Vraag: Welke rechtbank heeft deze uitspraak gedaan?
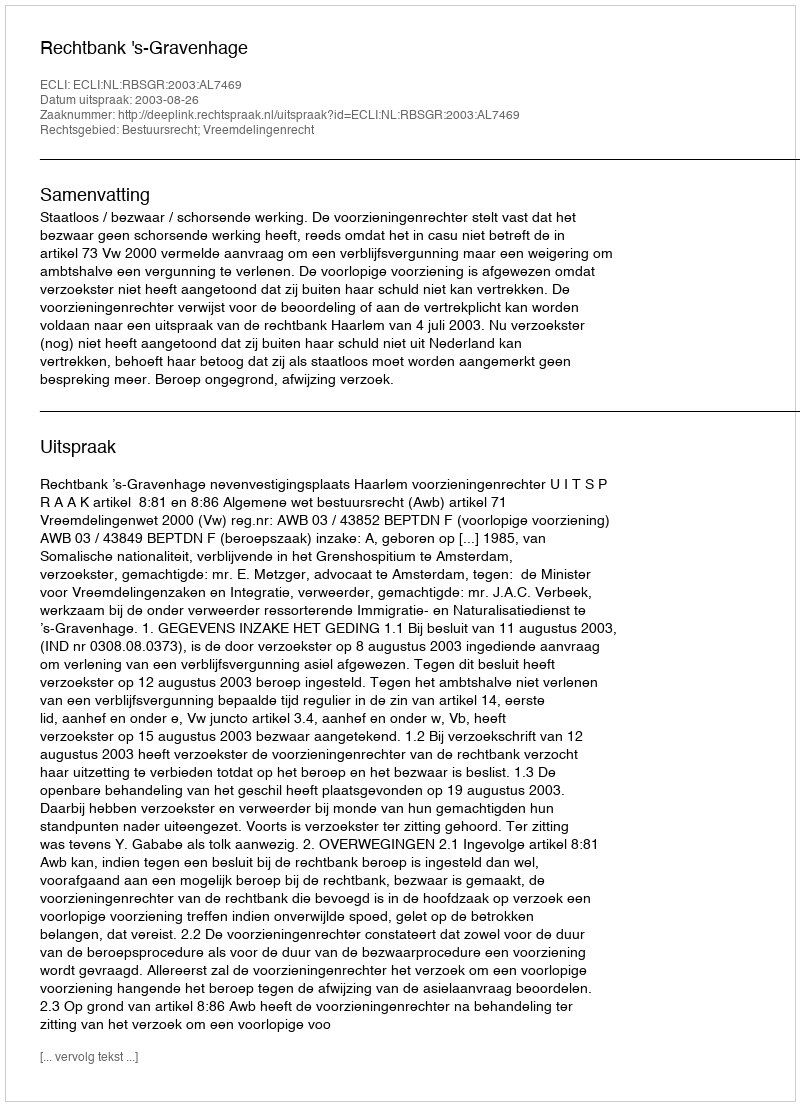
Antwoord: Rechtbank 's-Gravenhage